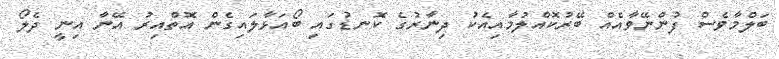
ބަލްމާވެސް ފުންނޭވާއެއް ބޭރުކޮއްލުމާއިއެކު ދިނާރުގެ ކޮނޑުގައި ބޯއަޅާލައިގެން އޮތްއިރު އޭނާ އިނީ ދެލޯ